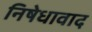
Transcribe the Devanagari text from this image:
निषेधावाद